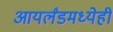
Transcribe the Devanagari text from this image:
आयर्लंडमध्येही